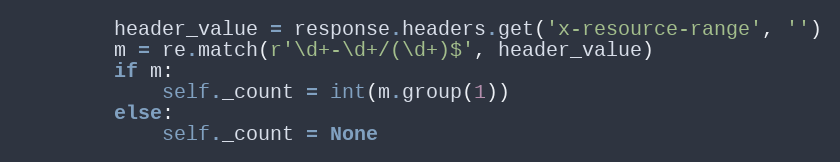
Language: Python
        header_value = response.headers.get('x-resource-range', '')
        m = re.match(r'\d+-\d+/(\d+)$', header_value)
        if m:
            self._count = int(m.group(1))
        else:
            self._count = None